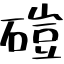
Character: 磑